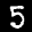
Label: 5